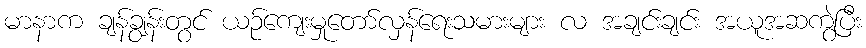
မာနာက ချန်ချွန်းတွင် ယဉ်ကျေးမှုတော်လှန်ရေးသမားများ လ အချင်းချင်း အယူအဆကွဲပြီး